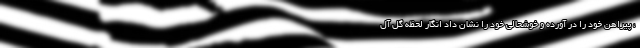
، پیراهن خود را در آورده و خوشحالی خود را نشان داد انگار لحظه گل آل